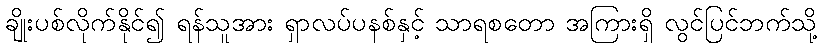
ချိုးပစ်လိုက်နိုင်၍ ရန်သူအား ရှာလပ်ပနစ်နှင့် သာရစတော အကြားရှိ လွင်ပြင်ဘက်သို့